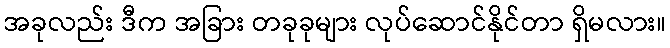
အခုလည်း ဒီက အခြား တခုခုများ လုပ်ဆောင်နိုင်တာ ရှိမလား။